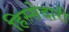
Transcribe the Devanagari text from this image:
हिस्‍सेदारी